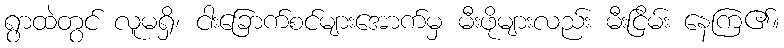
ရွာထဲတွင် လူမရှိ၊ ငါးခြောက်စင်များအောက်မှ မီးဖိုများလည်း မီးငြိမ်း နေကြ၏။